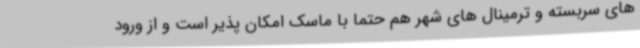
های سربسته و ترمینال های شهر هم حتما با ماسک امکان پذیر است و از ورود